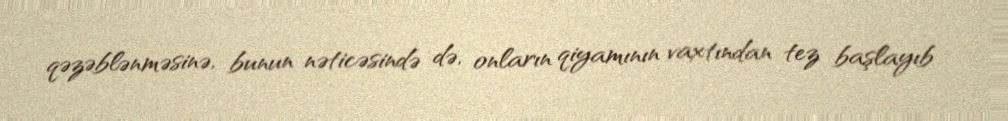
qəzəblənməsinə, bunun nəticəsində də, onların qiyamının vaxtından tez başlayıb